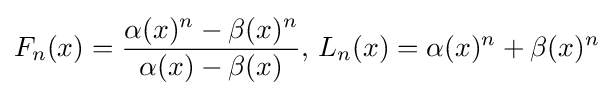
F_{n}(x)={\frac {\alpha (x)^{n}-\beta (x)^{n}}{\alpha (x)-\beta (x)}},\,L_{n}(x)=\alpha (x)^{n}+\beta (x)^{n}